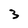
Character: 3